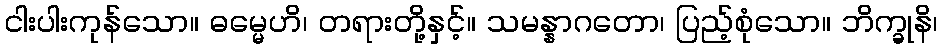
ငါးပါးကုန်သော။ ဓမ္မေဟိ၊ တရားတို့နှင့်။ သမန္နာဂတော၊ ပြည့်စုံသော။ ဘိက္ခုနိ၊